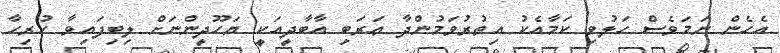
އެހެން ނަމަވެސް ހަލުވި ކަމާއެކު އިތުރުވަމުންދާ ޢަރަބި އާބާދީއަކީ ޔަހޫދީންނަށް ލިބިފައިވާ ހުރިހާ